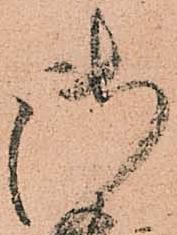
御